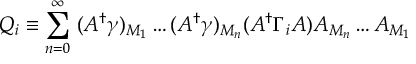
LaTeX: Q _ { i } \equiv \sum _ { n = 0 } ^ { \infty } \; ( A ^ { \dagger } \gamma ) _ { M _ { 1 } } \ldots ( A ^ { \dagger } \gamma ) _ { M _ { n } } ( A ^ { \dagger } \Gamma _ { i } A ) A _ { M _ { n } } \ldots A _ { M _ { 1 } }